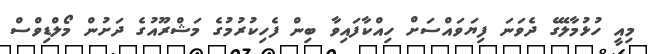
މިއީ ހުޅުމާލޭގެ ދެވަނަ ފިޔަވައްސަށް ހިއްކާފައިވާ ބިން ފެހިކުރުމުގެ މަޝްރޫއުގެ ދަށުން މޯލްޑިވްސް